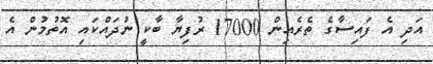
އަދި އެ ފައިސާގެ ތެރެއިން 17000 ރުފިޔާ ބާކީ ނުދައްކައި އޮތުމުން އެ